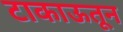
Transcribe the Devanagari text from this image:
टाकाऊतून